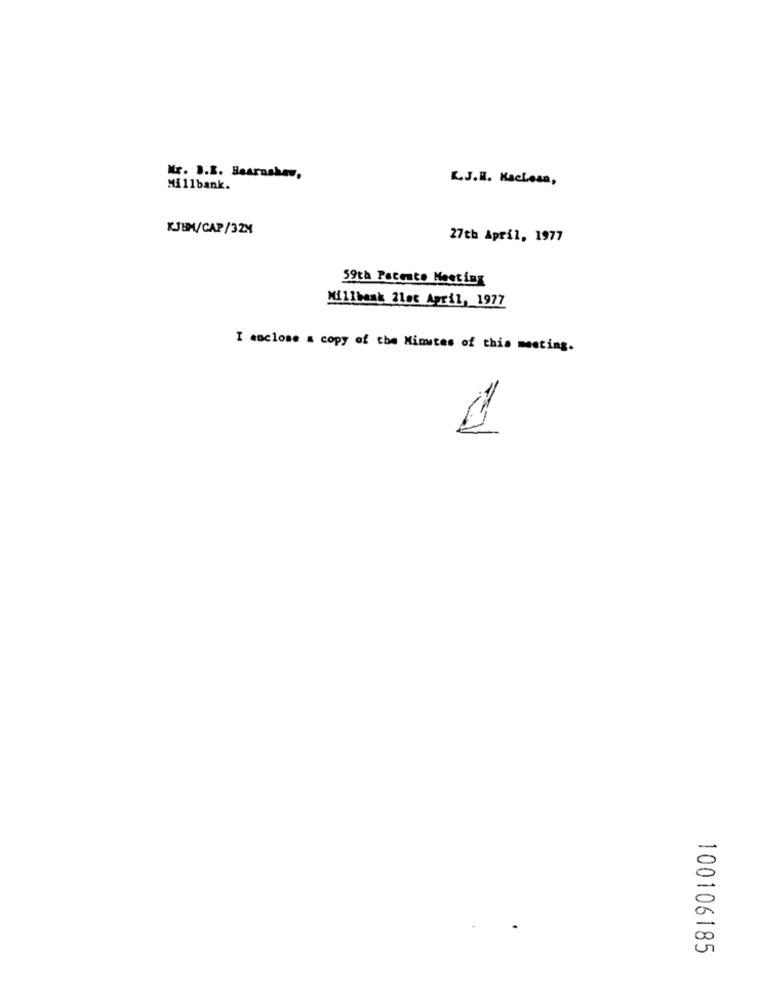
Mr. B.B. Bearnshaw,
L.J.B. KacLean,
Millbank.
KJBM/CAP/32M
27th April, 1977
59th Peccato Meeting
Millbank 21st April, 1977
I enclose a copy of the Minutes of this meeting.
5
00
100106185